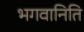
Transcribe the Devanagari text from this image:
भगवानिति